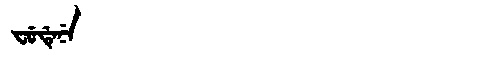
Manchu: ᠸᡠᡩᡝᠨᡝ
Romanization: FUDENE